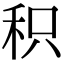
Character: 积